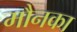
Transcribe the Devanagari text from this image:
मौनका